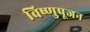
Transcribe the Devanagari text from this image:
विष्णुपूजन